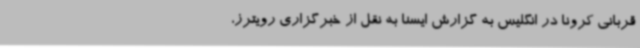
قربانی کرونا در انگلیس به گزارش ایسنا به نقل از خبرگزاری رویترز،‌